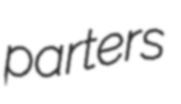
parters